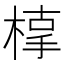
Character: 𣖥